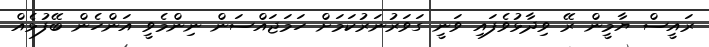
ރައީސް ޔާމީން ރޭ ވިދާޅުވެފައި ވަނީ ގަވަރުނަރުކަމަށް ހަމަޖައްސަން ނިންމެވީ އަންހެން ބޭފުޅެއް